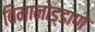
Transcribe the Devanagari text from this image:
विमानोड्डाणे